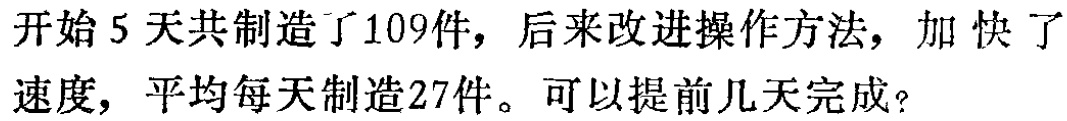
开始5天共制造了109件，后来改进操作方法，加快了速度，平均每天制造27件。可以提前几天完成？